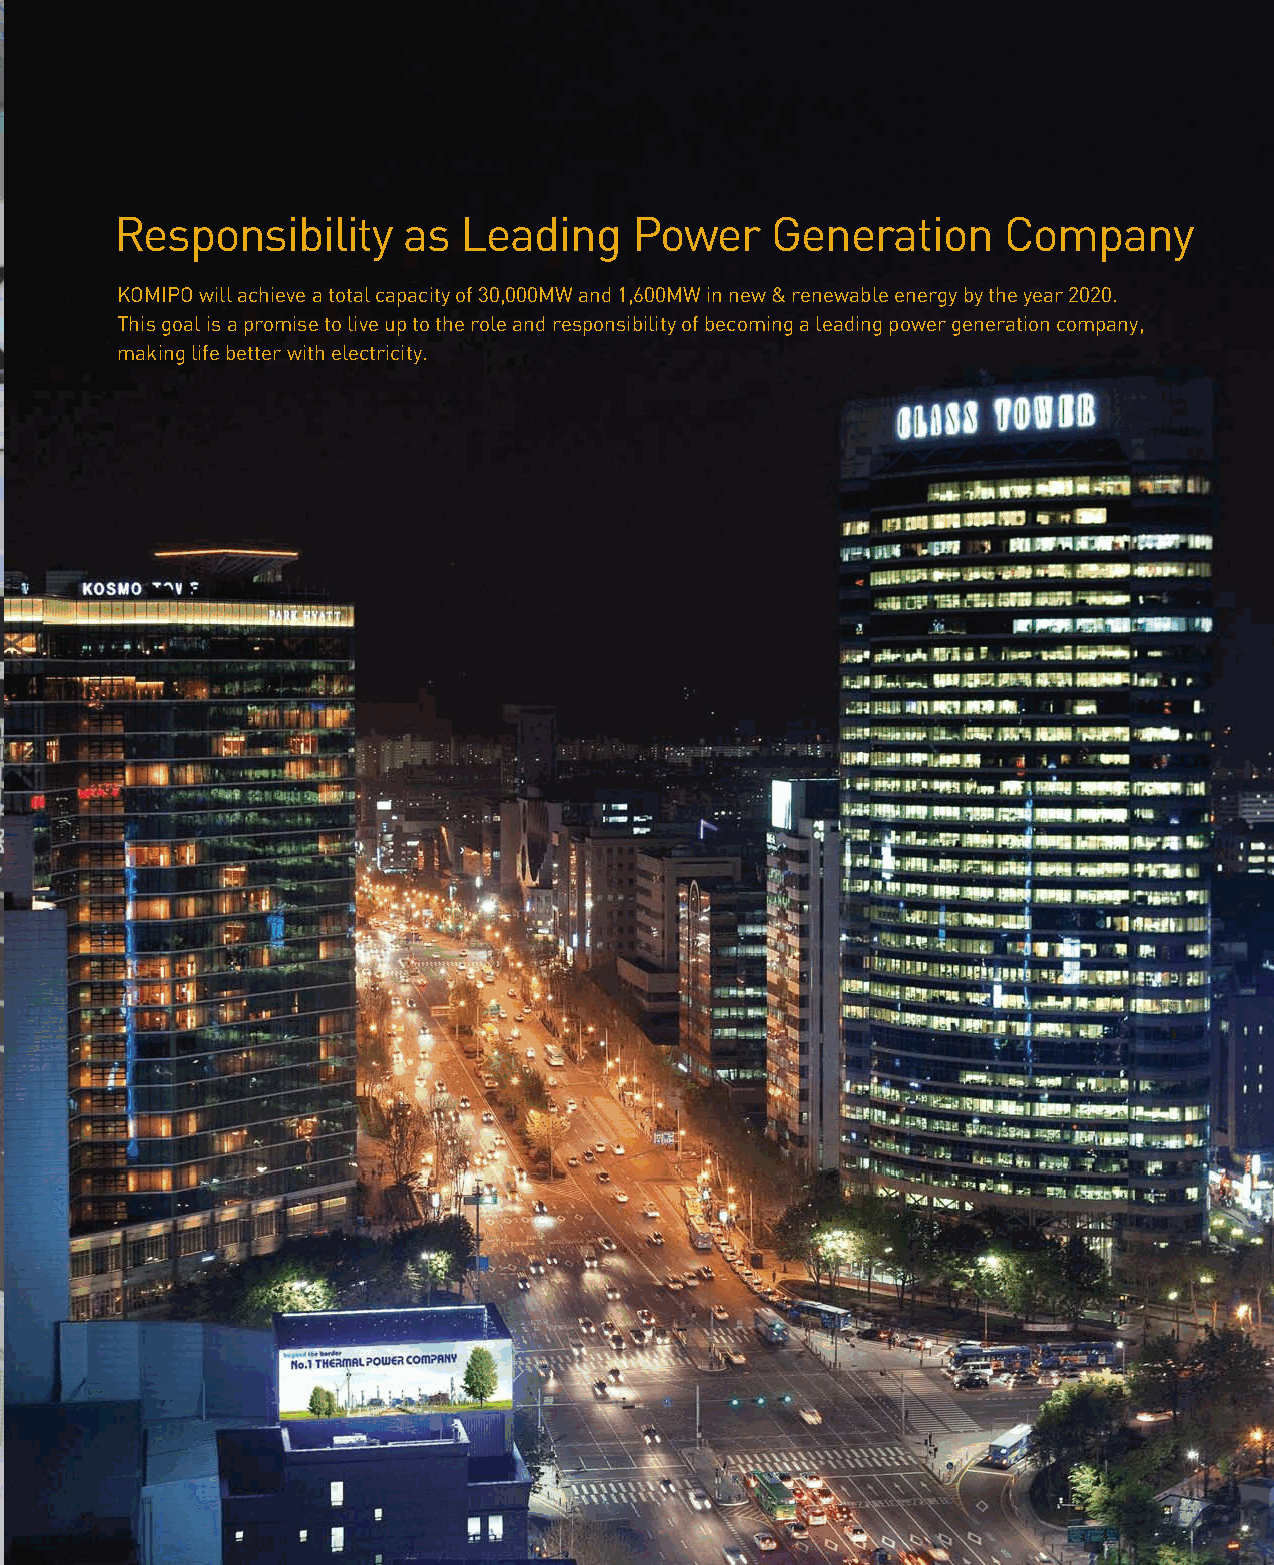
Responsibility
 Responsibility     as  Leading     Power    Generation     Company
 KOMIPO will achieve a total capacity of 30,000MW and 1,600MW in new & renewable energy by the year 2020.
 This goal is a promise to live up to the role and responsibility of becoming a leading power generation company,
 making life better with electricity.